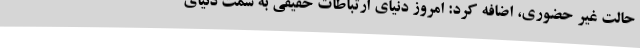
حالت غیر حضوری، اضافه کرد: امروز دنیای ارتباطات حقیقی به سمت دنیای